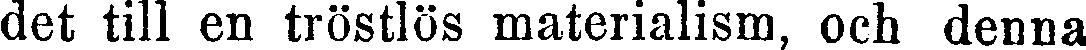
det till en tröstlös materialism, och denna